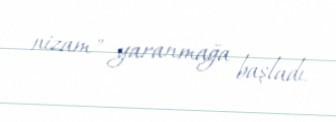
nizam" yaranmağa başladı.